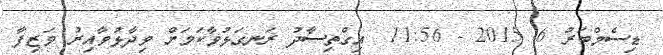
ޑިސެމްބަރު 6